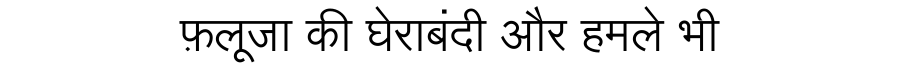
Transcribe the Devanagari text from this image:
फ़लूजा की घेराबंदी और हमले भी